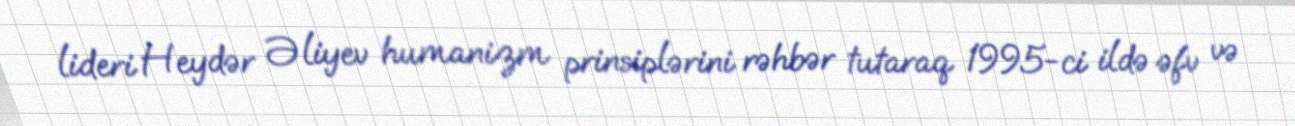
lideri Heydər Əliyev humanizm prinsiplərini rəhbər tutaraq 1995-ci ildə əfv və